Vaccination Hyderabad 1872-1889 - 1872-1889
Year: 1872
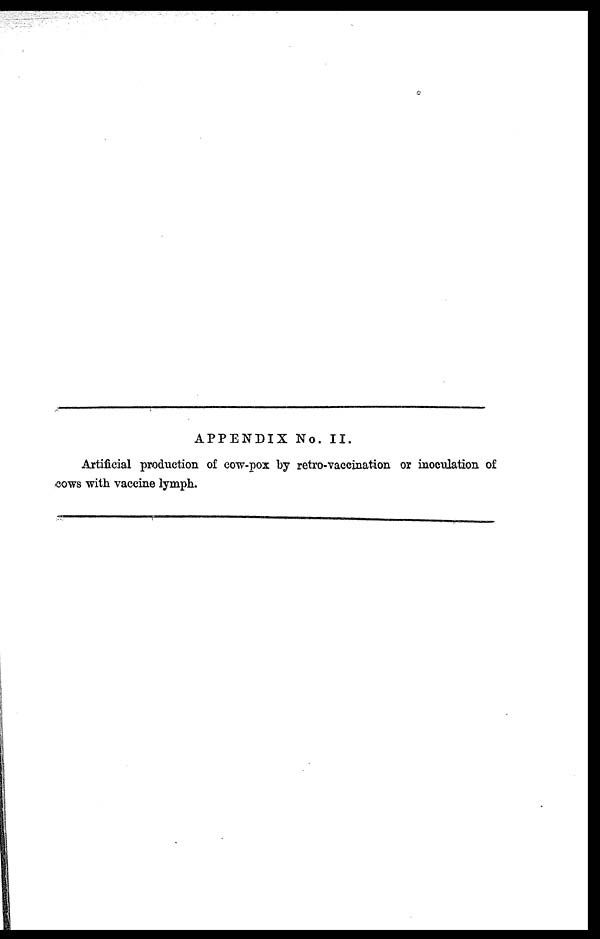
APPENDIX No. II.
Artificial production of cow-pox by retro-vaccination or inoculation of
cows with vaccine lymph.